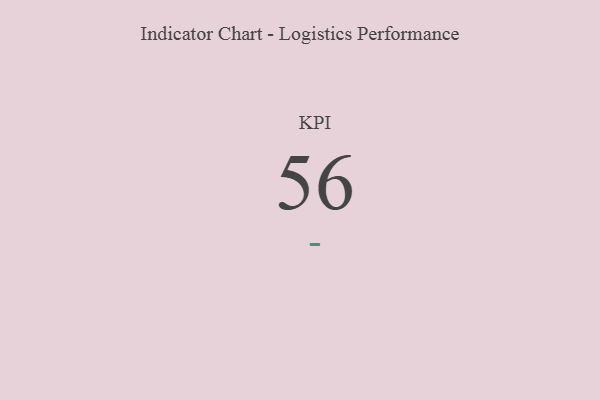
{"axis": {"x": "KPI", "y": "Value"}, "legend": [""], "data": [{"x": "KPI", "y": 56, "type": ""}]}